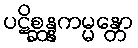
ပဋိစ္ဆန္နကမ္မန္တော